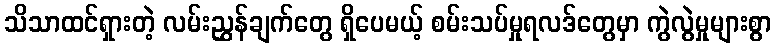
သိသာထင်ရှားတဲ့ လမ်းညွှန်ချက်တွေ ရှိပေမယ့် စမ်းသပ်မှုရလဒ်တွေမှာ ကွဲလွဲမှုများစွာ